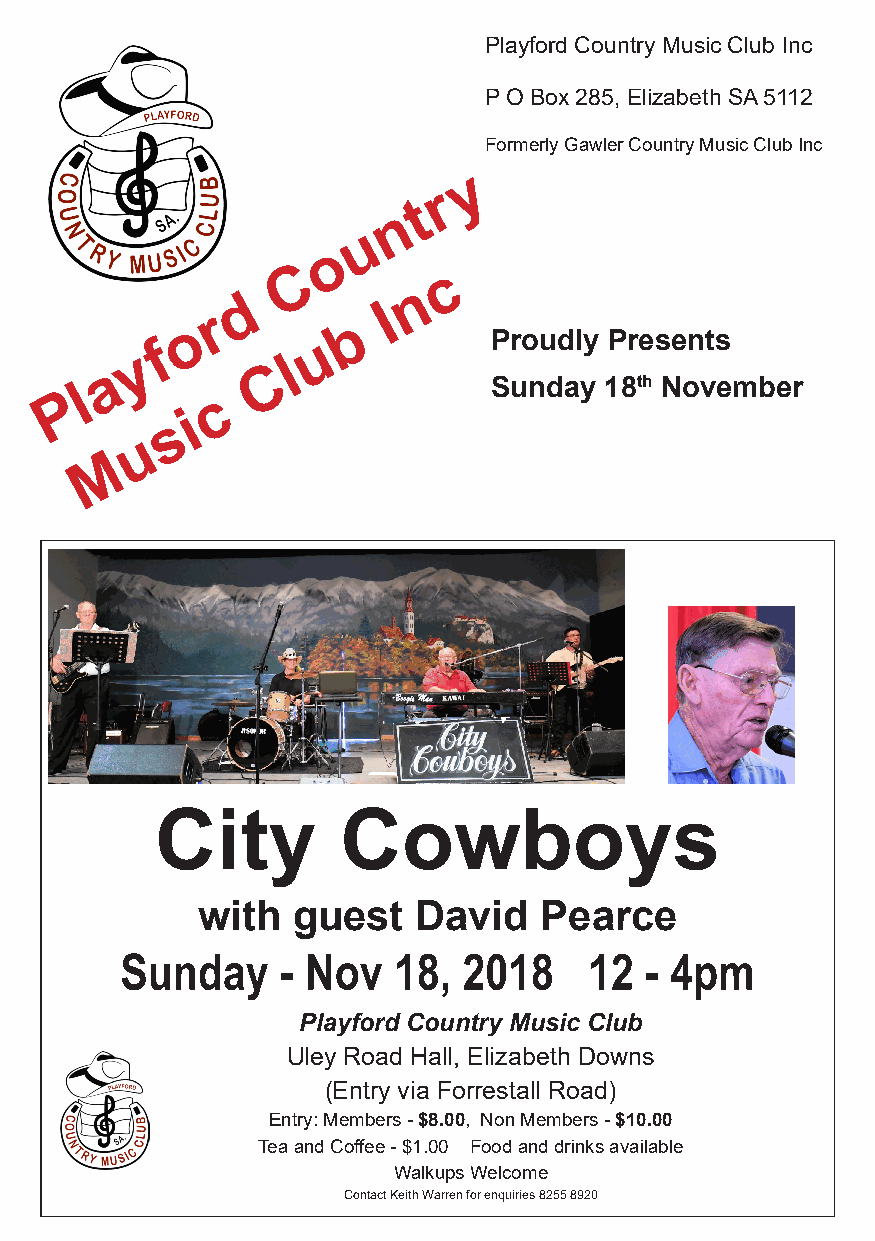
Playford Country Music Club Inc
 P O Box 285, Elizabeth SA 5112
 Formerly Gawler Country Music Club Inc
 y
 r
 t
 n
 u
 o
 C          c
 n
 d
 I
 r
 o          b
 Proudly Presents
 f          u
 y         l
 a         C
 P
 l
 c
 Sunday  18th November
 i
 s
 u
 M
 City        Cowboys
 with  guest   David    Pearce
 Sunday     - Nov  18,  2018    12  - 4pm
 Playford Country Music Club
 Uley Road Hall, Elizabeth Downs
 (Entry via Forrestall Road)
 Entry: Members - $8.00, Non Members - $10.00
 Tea and Coffee - $1.00 Food and drinks available
 Walkups Welcome
 Contact Keith Warren for enquiries 8255 8920